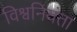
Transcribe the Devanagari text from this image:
विश्वनियंता